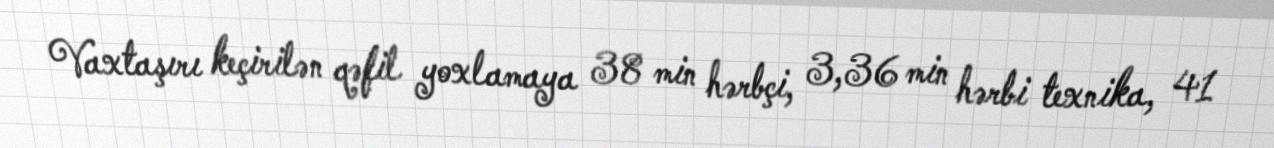
Vaxtaşırı keçirilən qəfil yoxlamaya 38 min hərbçi, 3,36 min hərbi texnika, 41